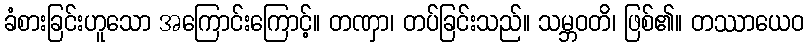
ခံစားခြင်းဟူသော အကြောင်းကြောင့်။ တဏှာ၊ တပ်ခြင်းသည်။ သမ္ဘဝတိ၊ ဖြစ်၏။ တဿာယေဝ